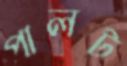
পালট